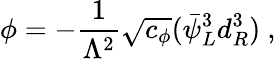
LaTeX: \phi=-\frac{1}{\Lambda^{2}}\sqrt{c_{\phi}}(\bar{\psi}_{L}^{3}d_{R}^{3})\ ,